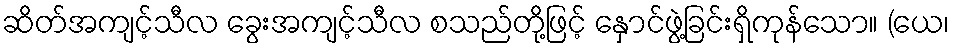
ဆိတ်အကျင့်သီလ ခွေးအကျင့်သီလ စသည်တို့ဖြင့် နှောင်ဖွဲ့ခြင်းရှိကုန်သော။ (ယေ၊